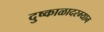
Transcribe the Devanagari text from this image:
दुष्काळादरम्यान